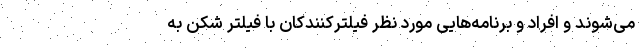
می‌شوند و افراد و برنامه‌هایی مورد نظر فیلترکنندکان با فیلتر شکن به